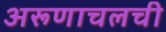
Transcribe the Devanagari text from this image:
अरूणाचलची